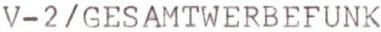
V-2/GESAMTWERBEFUNK